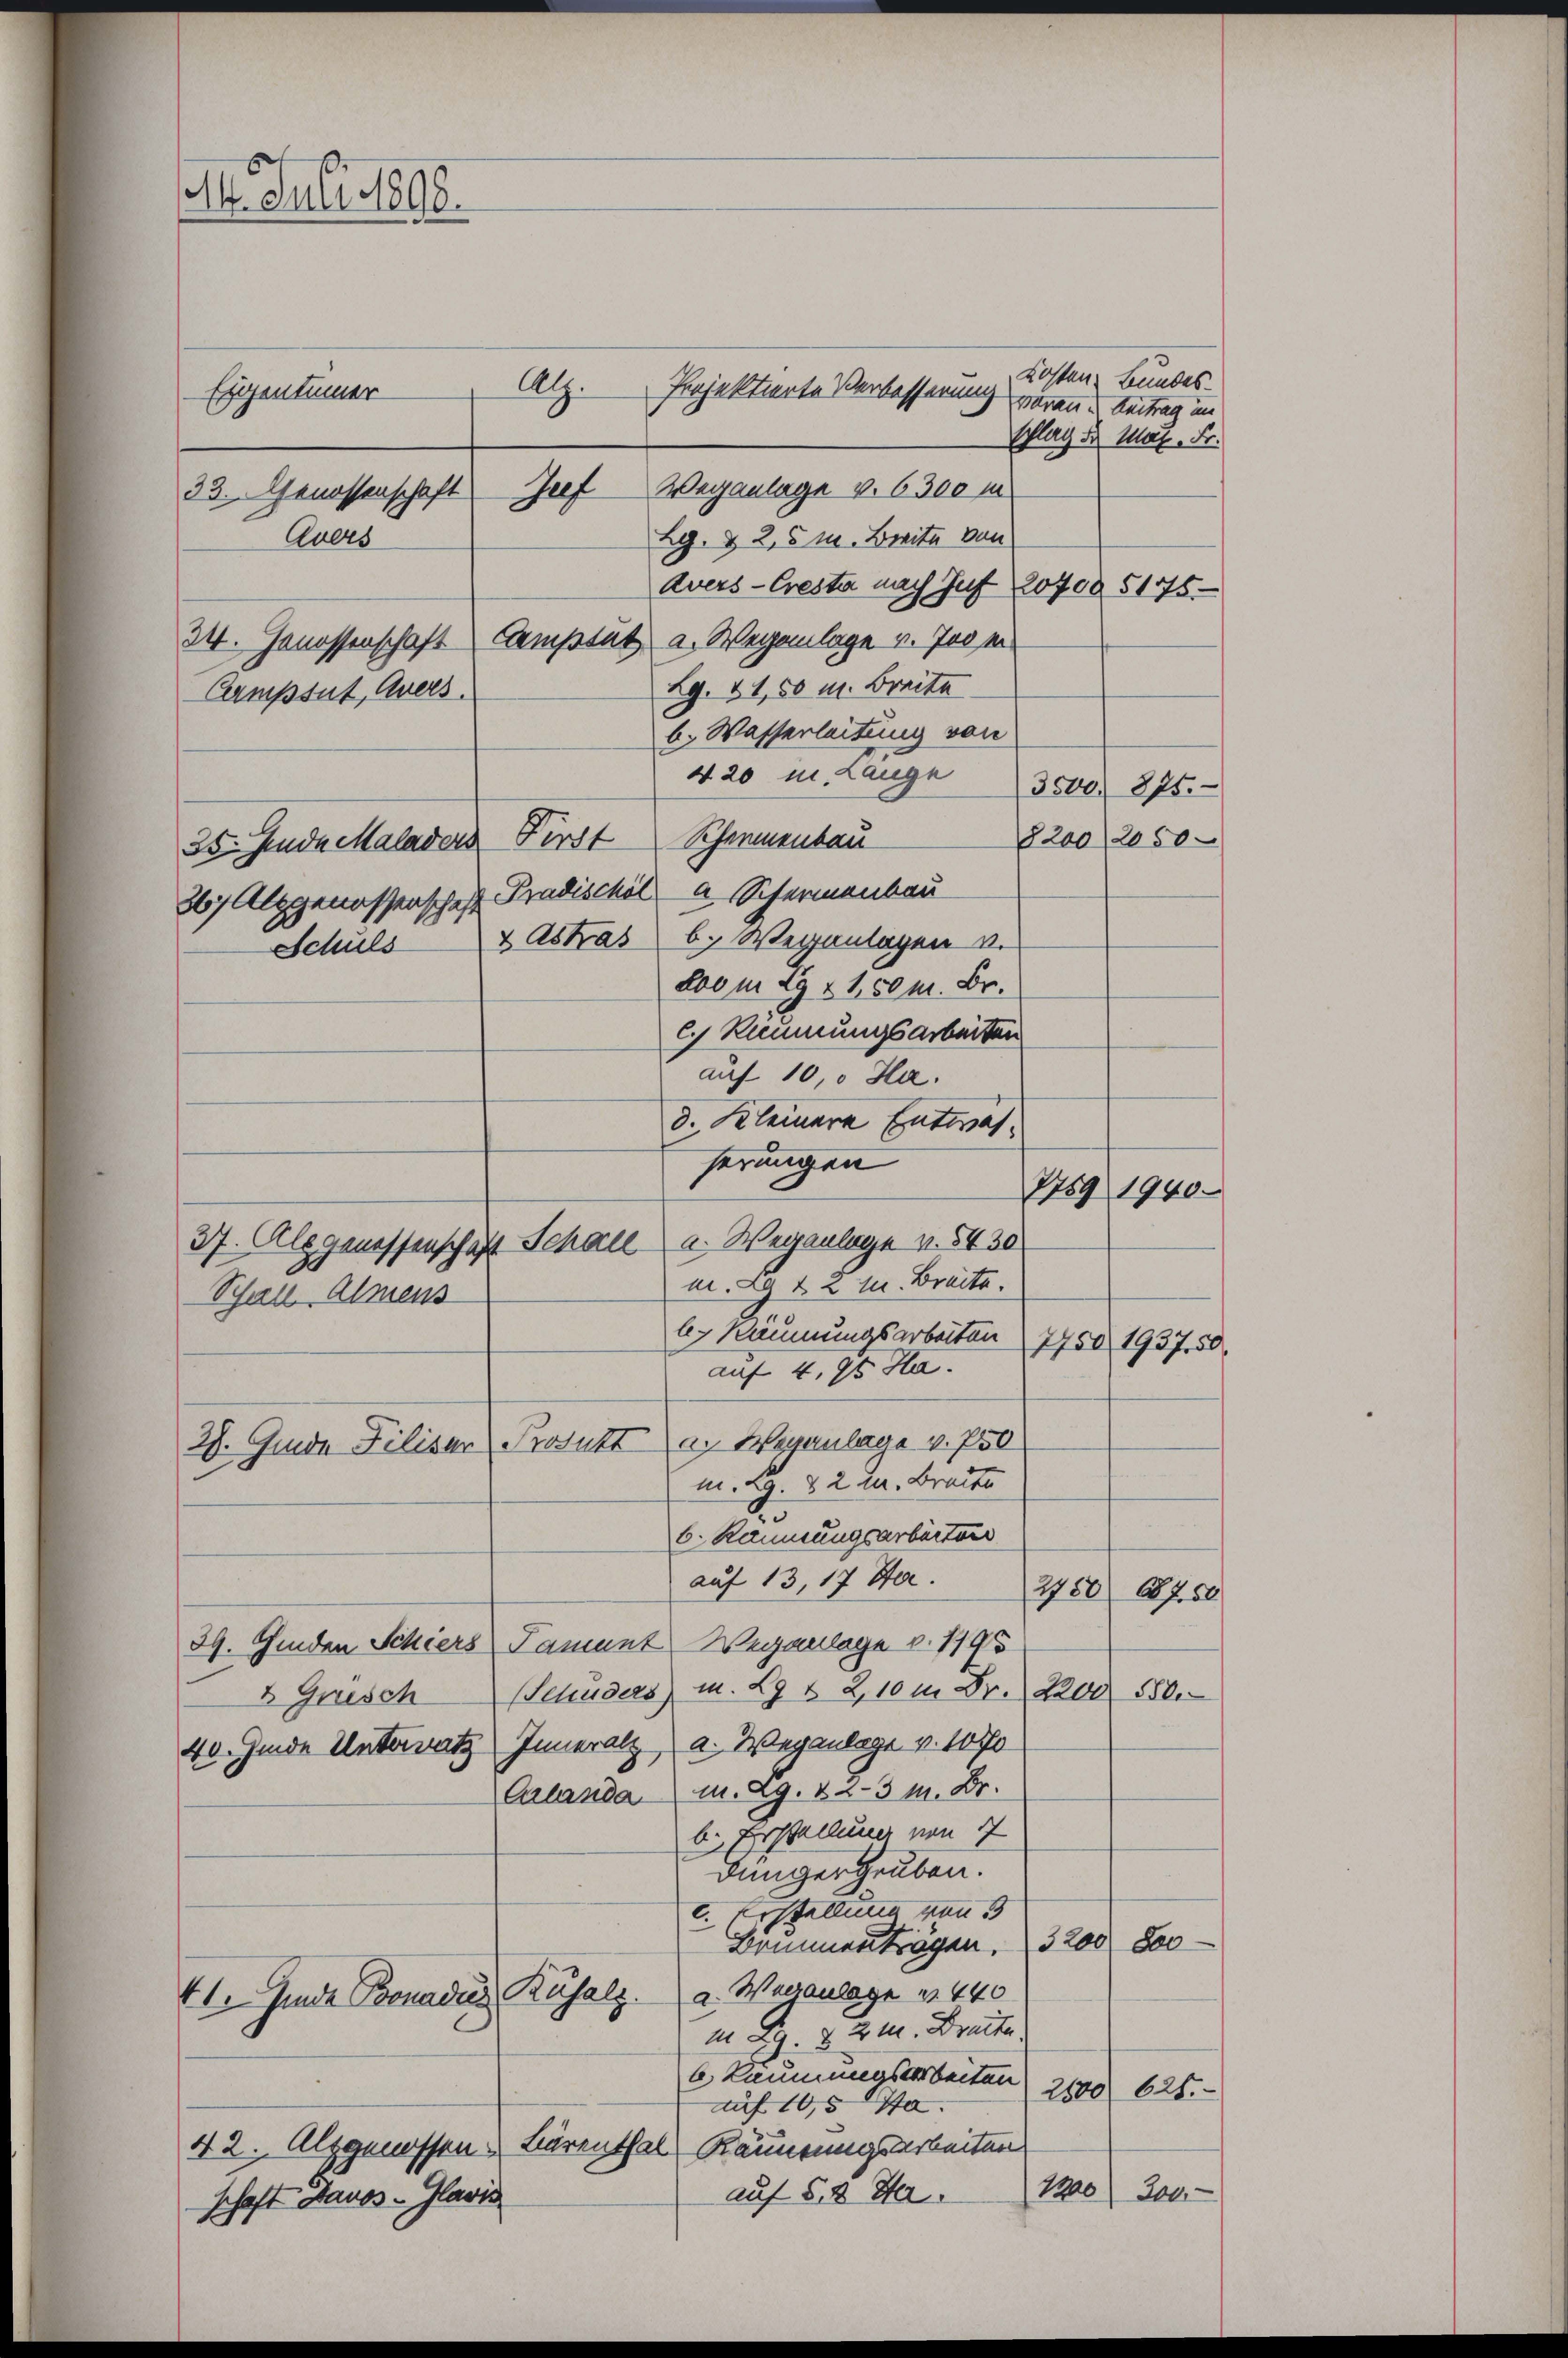
1. Juli 1888.
Atz.
Eigentümer
Projektierte Verbesserung voran Antrag im
33. Genossenschaft
Lg. & 2,5 M. Breite von
Avers
Avers-Cresta nach Jus 20700 5175
e
24. Genossenschaft Kemptät a. Wegenlage v. Jose
Lg. 41,50 M. Breite
Campsut, Avers
b. Wasserleitung von
420 u. Lange
3500. 875.
8200 2050
26) Alsgenossenschaft
4 Astras b. Weganlagen v.
Schuls
Loom 29 & 1,50 M. Br.
c) Stimmungsarbeiten
auf 10, Ha
d. Kleinere Entwähserungen
7759 1940.
37. Alogenessenschaft Schall a. Wegenlage v. 1430
m. L. & 2 M. Breite.
Schall Almens
lr Räumungsarbeiten 7750. 1937. 50,
auf 4,95 Ha.
2). Guide Filiser Produkt a. Weganlage v. 750
m. 29. 82 u. Braute
6. Räumungsarbeitung
auf 13, 17 Sta
2720 27. 50
39. Genden Schiers Tament Wegenlage v. 1195
Sehuders) m. L9 & 2,10 m Dr. 2200. 550.
& Grusch

35. finde Malader First

40. Junde Unterrat Inneralz a. Weganlage v. 10770
Grlandam. Ag. & 2-3 M. Dr.
b. Erstellung von 7
dunger Gruben.
c. Erstellung von d
Brunnenträgen. 3200 Soo
41. Hinde Benadus Kusalz a. Warranlage u. 440
i. B. § 2 u. Bratte
6 Räumungsarbeiten
2800 625.
auf 10,5 Ja
42. Alpgenossen Lurenthal Räumennas arbeiten
10 300
auf 52 Sta
schaft Davos- Plavis
.

Jeef Weganlage v. 6300 m

Scheinenbau
Pradischöl a Schermenbau

Kosten Bundes-
Schlag u. Max Fr.